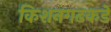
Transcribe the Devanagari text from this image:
किशनगढकडे